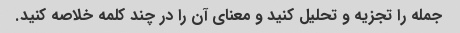
جمله را تجزیه و تحلیل کنید و معنای آن را در چند کلمه خلاصه کنید.